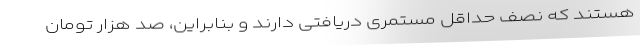
هستند که نصف حداقل مستمری دریافتی دارند و بنابراین، صد هزار تومان